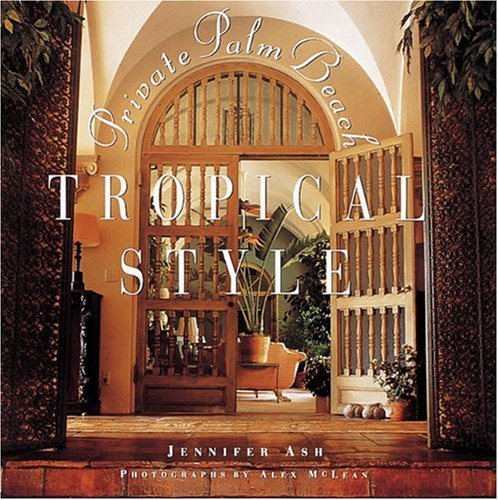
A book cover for Tropical Style: Private Palm Beach; Jennifer Ash; Travel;